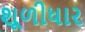
શૂળીધાર